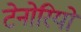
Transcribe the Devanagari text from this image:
टेनोरियो